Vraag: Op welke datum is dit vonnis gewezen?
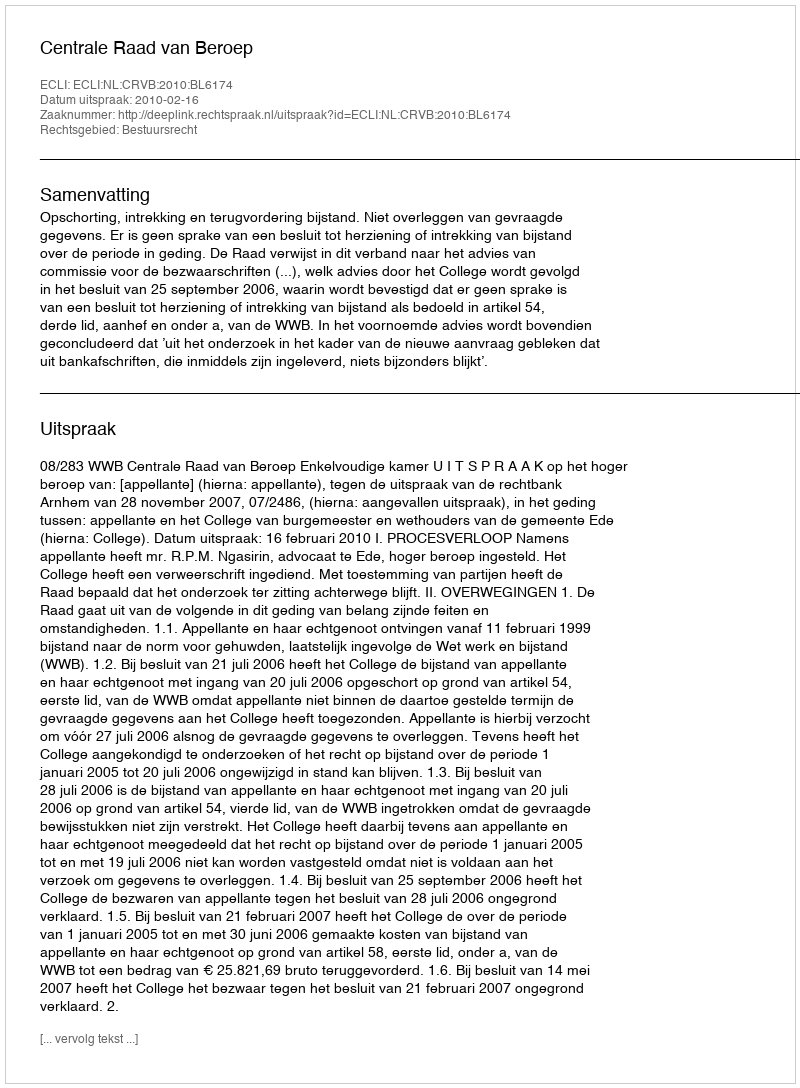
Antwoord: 2010-02-16